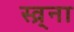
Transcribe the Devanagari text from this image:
स्व्र्ना